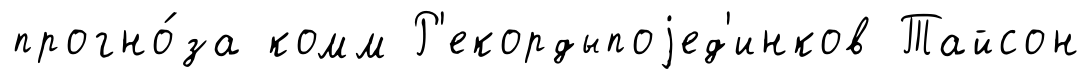
прогно́за комм Р'екордыпоjед'инков Тайсон